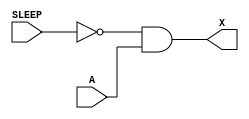
/*
 * Copyright 2020 The SkyWater PDK Authors
 *
 * Licensed under the Apache License, Version 2.0 (the "License");
 * you may not use this file except in compliance with the License.
 * You may obtain a copy of the License at
 *
 *     https://www.apache.org/licenses/LICENSE-2.0
 *
 * Unless required by applicable law or agreed to in writing, software
 * distributed under the License is distributed on an "AS IS" BASIS,
 * WITHOUT WARRANTIES OR CONDITIONS OF ANY KIND, either express or implied.
 * See the License for the specific language governing permissions and
 * limitations under the License.
 *
 * SPDX-License-Identifier: Apache-2.0
*/


`ifndef SKY130_FD_SC_HDLL__ISOBUFSRC_FUNCTIONAL_V
`define SKY130_FD_SC_HDLL__ISOBUFSRC_FUNCTIONAL_V

/**
 * isobufsrc: Input isolation, noninverted sleep.
 *
 *            X = (!A | SLEEP)
 *
 * Verilog simulation functional model.
 */

`timescale 1ns / 1ps
`default_nettype none

`celldefine
module sky130_fd_sc_hdll__isobufsrc (
    X    ,
    SLEEP,
    A
);

    // Module ports
    output X    ;
    input  SLEEP;
    input  A    ;

    // Local signals
    wire not0_out  ;
    wire and0_out_X;

    //  Name  Output      Other arguments
    not not0 (not0_out  , SLEEP          );
    and and0 (and0_out_X, not0_out, A    );
    buf buf0 (X         , and0_out_X     );

endmodule
`endcelldefine

`default_nettype wire
`endif  // SKY130_FD_SC_HDLL__ISOBUFSRC_FUNCTIONAL_V